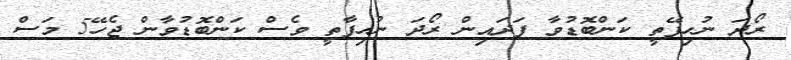
ރޯދަ ނުހިފޭތީ ކަންބޮޑުވާ ފަދައިން ރޯދަ ނުހިފާތީ ވެސް ކަންބޮޑުވާން ޖެހޭ5 މަސް